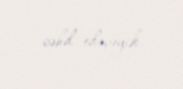
cəhd edəcəyik.